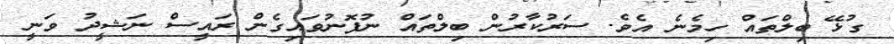
ގުޅޭ ބިލްތައް ހިމެނެ އެވެ. ސަރުކާރުން ބިލްތައް ނުފޮނުވައިގެން ރައީސް ނަޝީދު ވަނީ